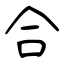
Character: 合